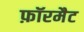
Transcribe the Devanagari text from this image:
फ़ॉरमैट